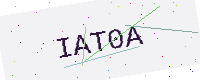
Text: IAT0A